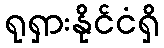
ရုရှားနိုင်ငံရှိ